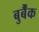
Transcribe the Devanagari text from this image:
बुर्बैंक